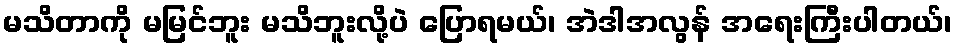
မသိတာကို မမြင်ဘူး မသိဘူးလို့ပဲ ပြောရမယ်၊ အဲဒါအလွန် အရေးကြီးပါတယ်၊